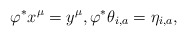
\begin{align*}\varphi^*x^{\mu} = y^{\mu},\varphi^*\theta_{i,a} = \eta_{i,a},\end{align*}